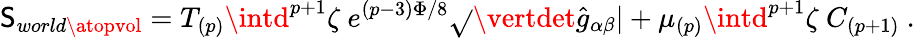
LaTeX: \mathsf{S}_{world\atopvol}=T_{(p)}\intd^{p+1}\zeta\ e^{(p-3)\Phi/8}\sqrt{}{{\vertdet{\hat{{g}}}_{\alpha\beta}\vert}}+\mu_{(p)}\intd^{p+1}\zeta\ C_{(p+1)}\ .